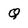
Character: Q